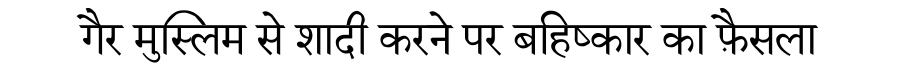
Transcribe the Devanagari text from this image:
गैर मुस्लिम से शादी करने पर बहिष्कार का फ़ैसला